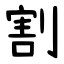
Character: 割